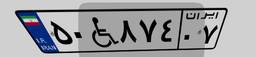
۶۲W۰۳۱۴۰